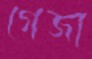
গেজা